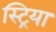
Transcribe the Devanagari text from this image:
स्ट्रिया